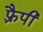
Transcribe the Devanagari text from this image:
फ़्रैपी